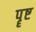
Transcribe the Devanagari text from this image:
पॄष्ट